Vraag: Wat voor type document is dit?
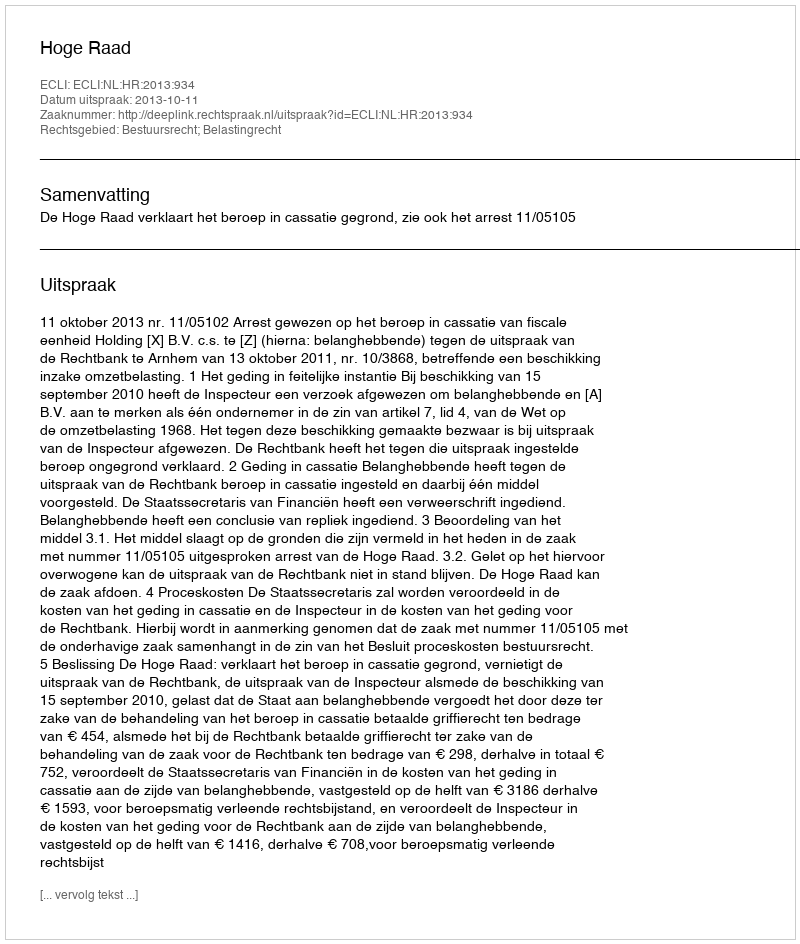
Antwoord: Uitspraak